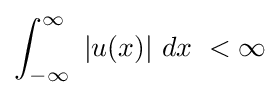
\int _{-\infty }^{\infty }\ |u(x)|\ dx\ <\infty